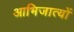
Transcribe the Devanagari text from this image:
आभिजात्यों